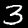
Digit: 3